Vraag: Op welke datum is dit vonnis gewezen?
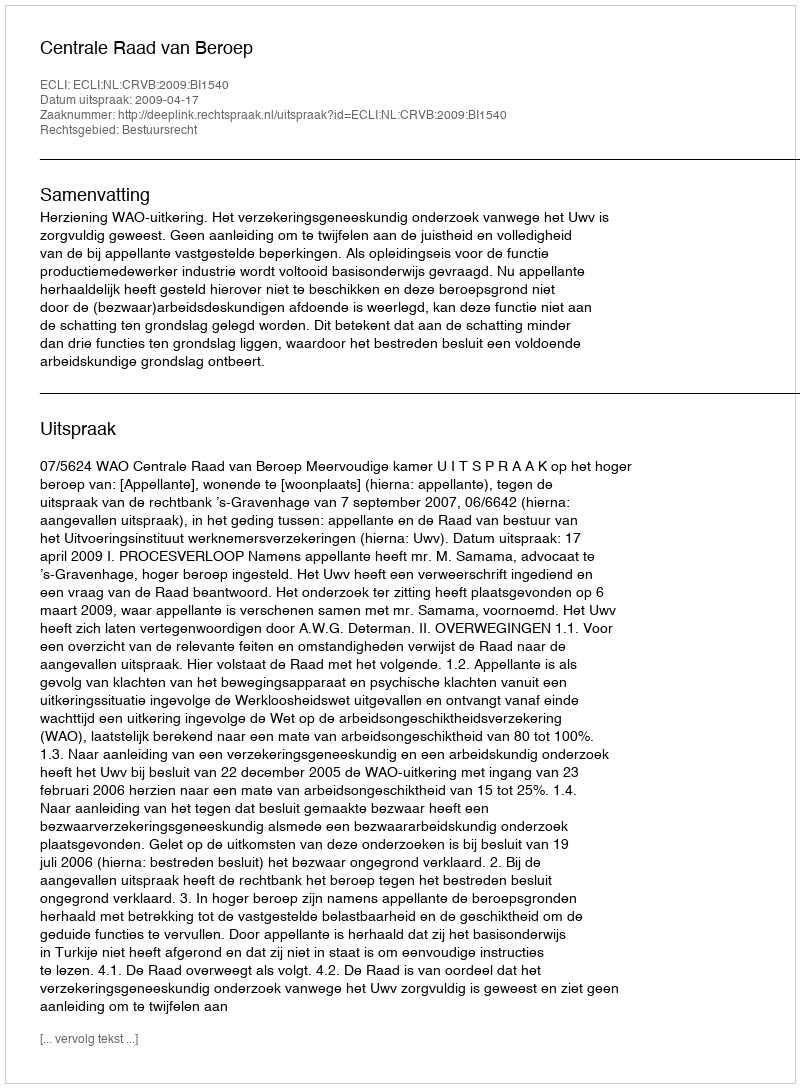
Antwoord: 2009-04-17